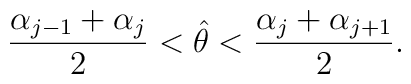
{\alpha_{j-1}+\alpha_j \over 2} < \hat \theta < {\alpha_{j}+\alpha_{j+1} \over 2} .